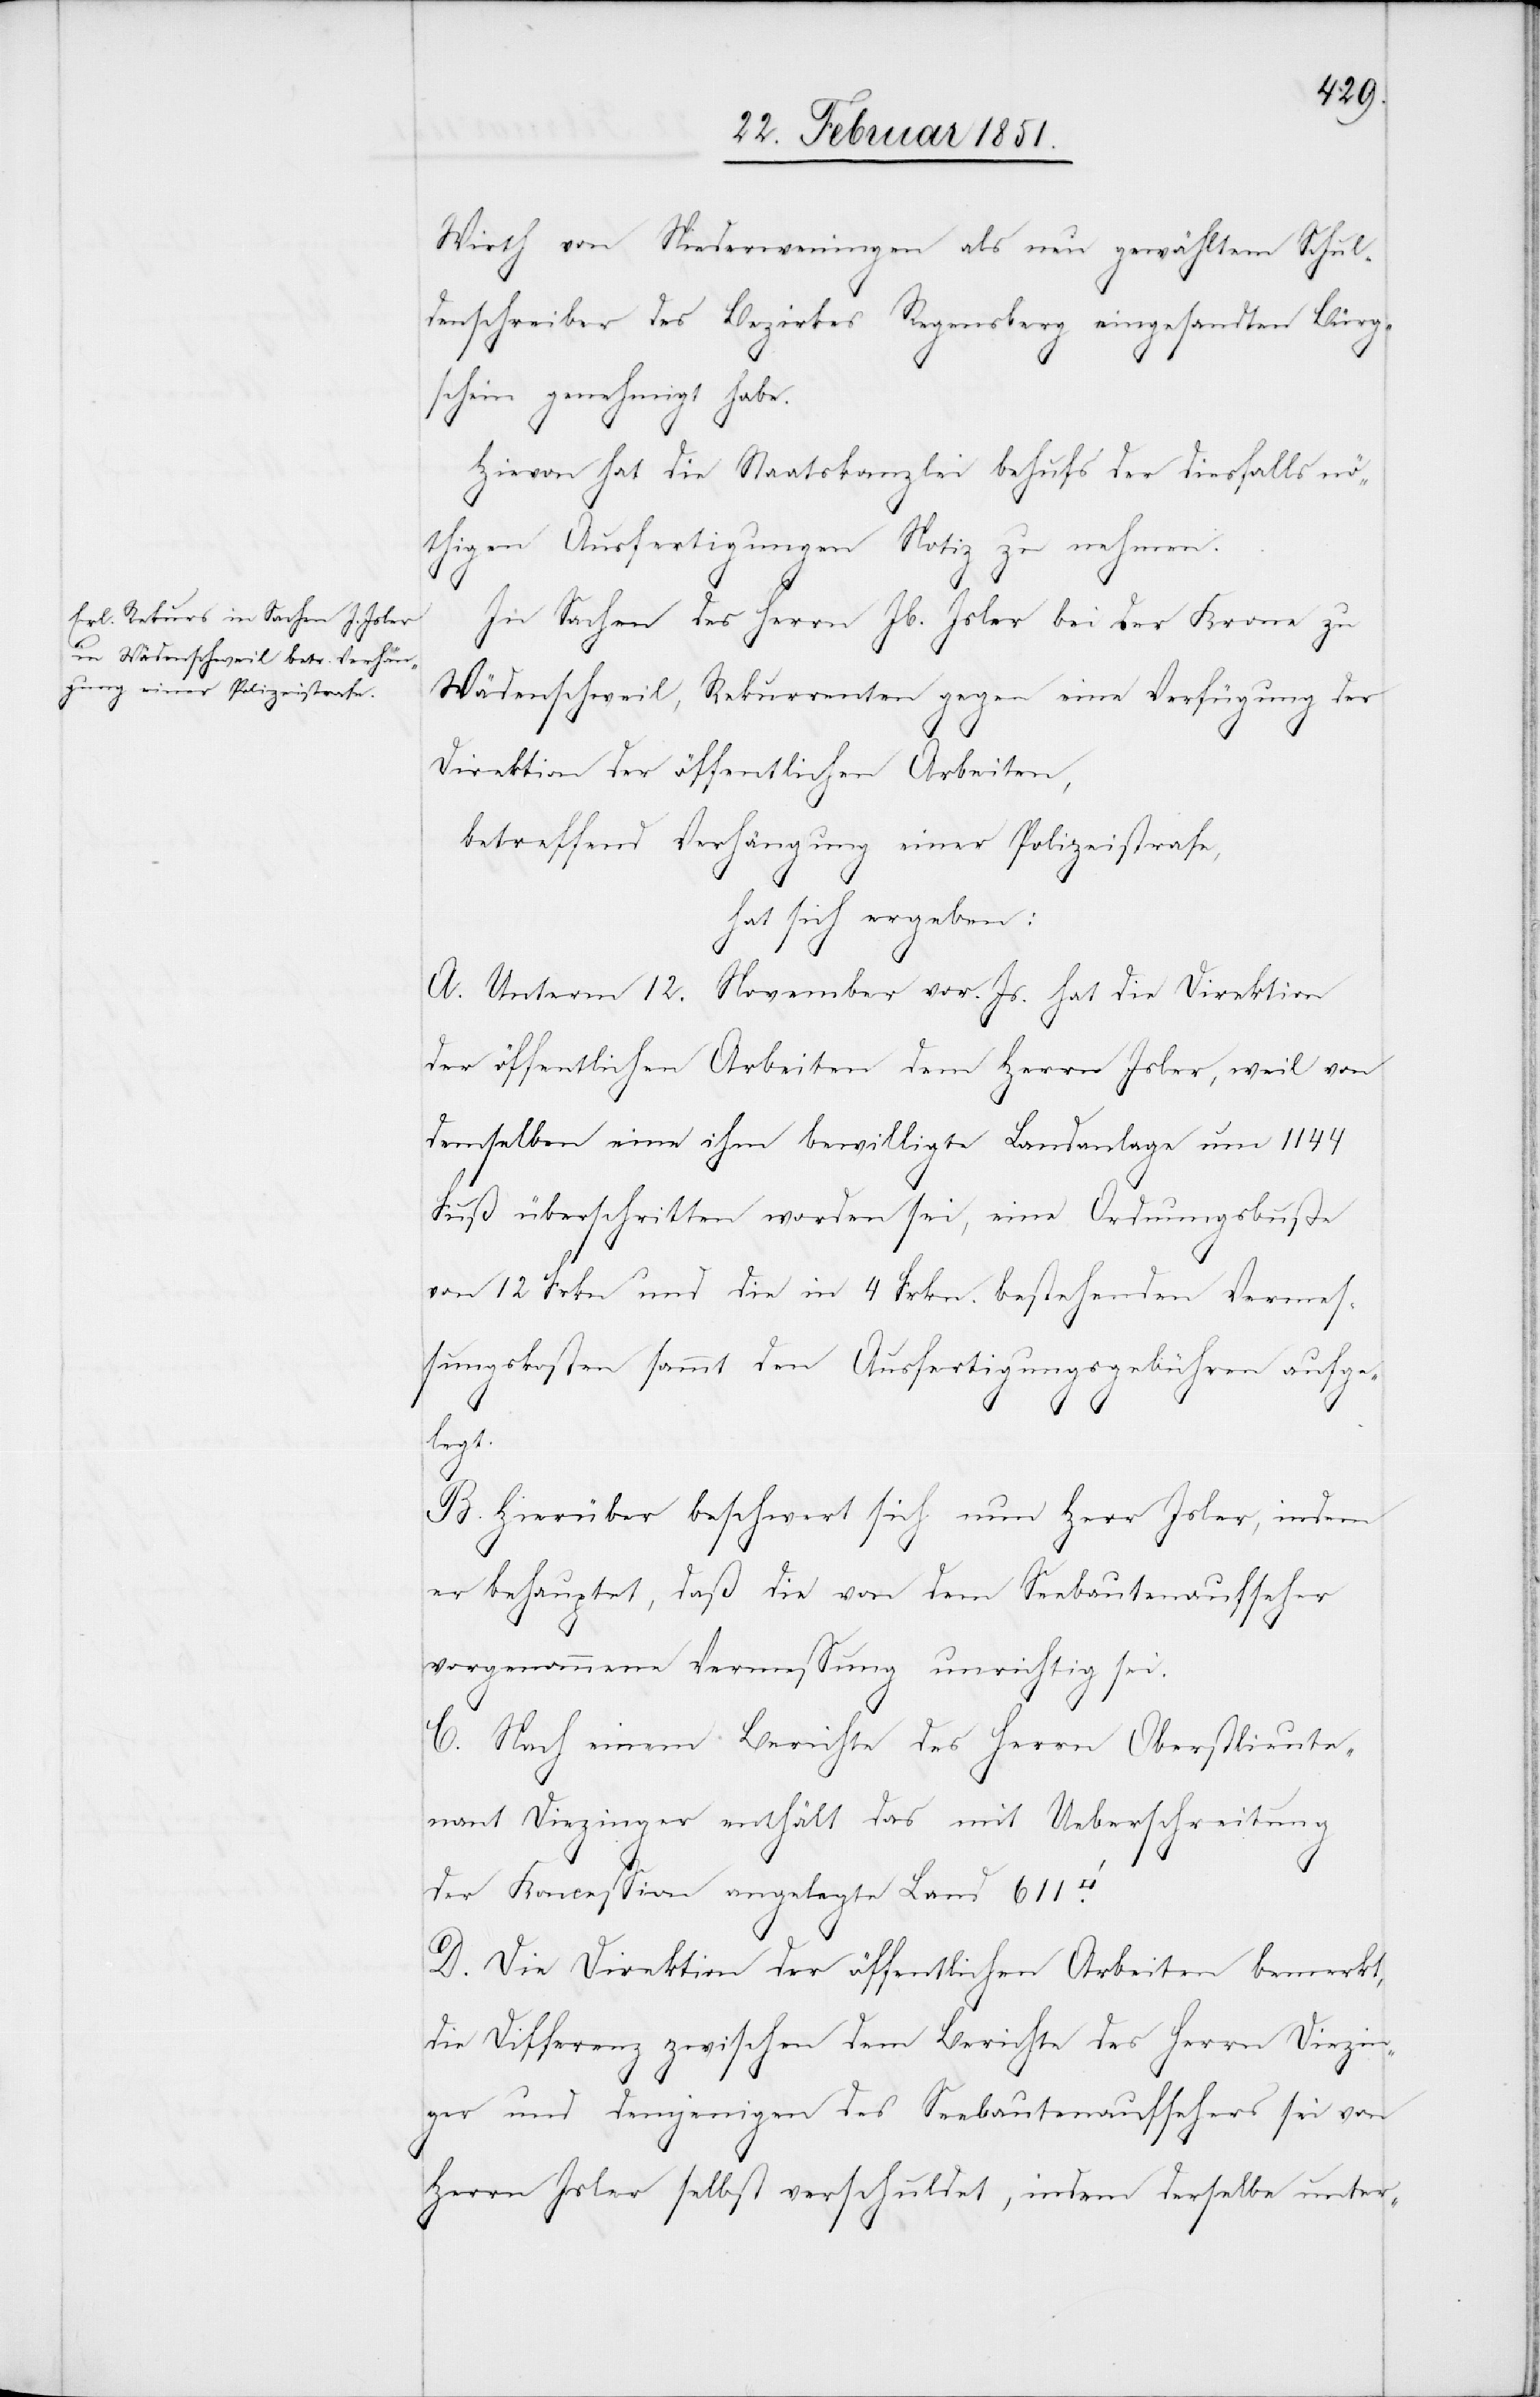
Wirth von Niederweningen als neu gewähltem Schul¬
denschreiber des Bezirkes Regensberg eingesandten Bürg¬
schein genehmigt habe.
Hievon hat die Staatskanzlei behufs der diesfalls nö¬
thigen Ausfertigungen Notiz zu nehmen.
In Sachen des Herrn Jb. Jsler bei der Krone zu
Wädenschweil, Rekurrenten gegen eine Verfügung der
Direktion der öffentlichen Arbeiten,
betreffend Verhängung einer Polizeistrafe,
hat sich ergeben:
A. Unterm 12. November vor. Js. hat die Direktion
der öffentlichen Arbeiten dem Herrn Jsler, weil von
demselben eine ihm bewilligte Landanlage um 1144
Fuß überschritten worden sei, eine Ordnungsbuße
von 12 Frkn und die in 4 Frkn. bestehenden Vermes¬
sungskosten sammt den Ausfertigungsgebühren aufge¬
legt.
B. Hierüber beschwert sich nun Herr Jsler, indem
er behauptet, daß die von dem Seebautenaufseher
vorgenommene Vermessung unrichtig sei.
C. Nach einem Berichte des Herrn Oberstlieute¬
nant Diezinger enthält das mit Ueberschreitung
der Koncession angelegte Land 611
D. Die Direktion der öffentlichen Arbeiten bemerkt,
die Differenz zwischen dem Berichte des Herrn Diezin¬
ger und demjenigen des Seebautenaufsehers sei von
Herrn Jsler selbst verschuldet, indem derselbe unter-